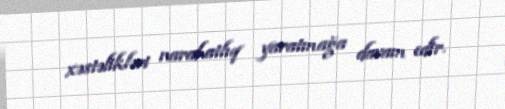
xəstəlikləri narahatlıq yaratmağa davam edir.